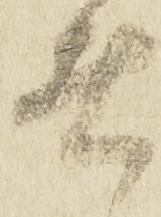
者